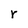
Character: r